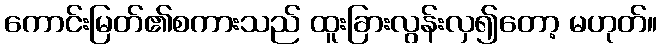
ကောင်းမြတ်၏စကားသည် ထူးခြားလွန်းလှ၍တော့ မဟုတ်။